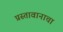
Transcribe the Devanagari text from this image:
प्रस्तावानाचा